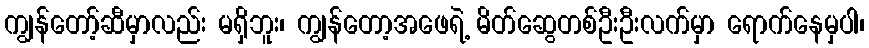
ကျွန်တော့်ဆီမှာလည်း မရှိဘူး၊ ကျွန်တော့အဖေရဲ့ မိတ်ဆွေတစ်ဦးဦးလက်မှာ ရောက်နေမှပါ၊